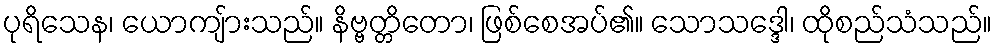
ပုရိသေန၊ ယောကျ်ားသည်။ နိဗ္ဗတ္တိတော၊ ဖြစ်စေအပ်၏။ သောသဒ္ဒေါ၊ ထိုစည်သံသည်။